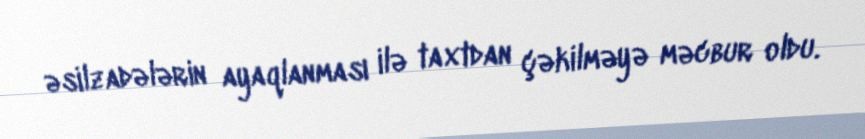
əsilzadələrin ayaqlanması ilə taxtdan çəkilməyə məcbur oldu.